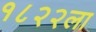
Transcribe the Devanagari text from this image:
१८२२ला